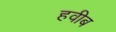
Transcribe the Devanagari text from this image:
हवीब